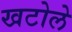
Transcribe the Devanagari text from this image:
खटोले